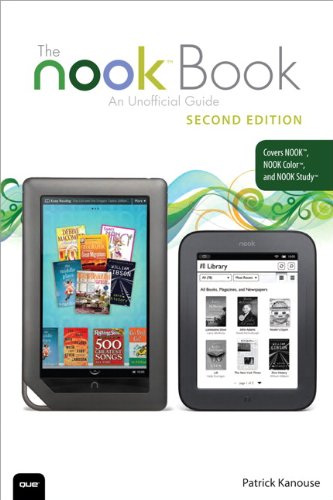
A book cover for The NOOK Book: An Unofficial Guide: Everything You Need to Know for the NOOK, NOOK Color, and NOOK Study (2nd Edition); Patrick Kanouse; Computers & Technology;